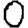
Digit: 0